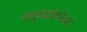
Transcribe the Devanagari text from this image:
ग्लूकरॉनडेशन